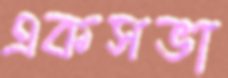
একসভা